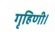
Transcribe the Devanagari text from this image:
गृहिणी।